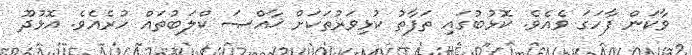
ވާކަން ފާހަގަ ވެއެވެ. ކޮޅުބުގައި ތަފާތު ކުޅިވަރުތަކަށް ޚާއްޞަ ކްލަބުތައް ހުރެއެވެ. އޮޅުދޫ